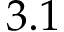
3 . 1